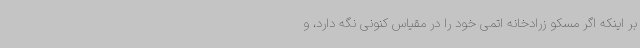
بر اینکه اگر مسکو زرادخانه اتمی خود را در مقیاس کنونی نگه دارد، و